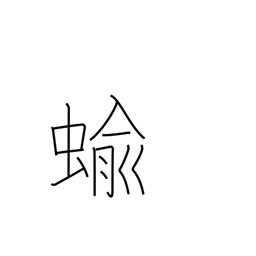
Meaning: slug